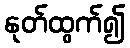
နုတ်ထွက်၍